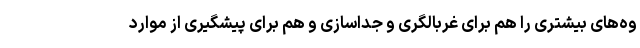
وه‌های بیشتری را هم برای غربالگری و جداسازی و هم برای پیشگیری از موارد